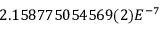
2 . 1 5 8 7 7 5 0 5 4 5 6 9 ( 2 ) E ^ { - 7 }